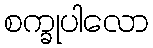
စက္ခုပါလော